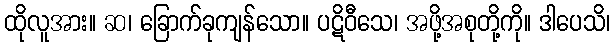
ထိုလူအား။ ဆ၊ ခြောက်ခုကျန်သော။ ပဋိဝီသေ၊ အဖို့အစုတို့ကို။ ဒါပေသိ၊